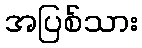
အပြစ်သား